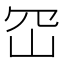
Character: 𭖊